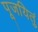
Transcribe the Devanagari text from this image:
पूजयितुं